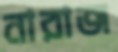
নারাজ